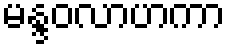
မန္ဒဝလာဟကာ